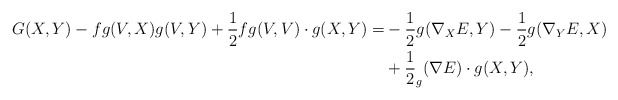
\begin{align*}\begin{aligned} G(X,Y) - f g(V,X)g(V,Y) + \frac{1}{2}f g(V,V) \cdot g(X,Y) =& -\frac{1}{2} g(\nabla_{X}E,Y) -\frac{1}{2} g(\nabla_{Y}E,X)\\&+ \frac{1}{2} _g(\nabla E) \cdot g(X,Y), \end{aligned}\end{align*}